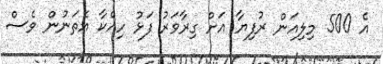
އެ 500 މިލިއަން ރުފިޔާ އަށް ގިރާވަރު ފަޅު ހިއްކާ އެތަނުން ވެސް